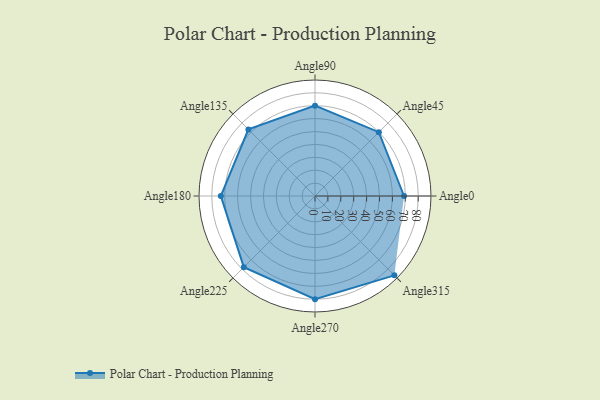
{"axis": {"x": "Angle", "y": "Radius"}, "legend": [""], "data": [{"x": "Angle0", "y": 69.0, "type": ""}, {"x": "Angle45", "y": 70.0, "type": ""}, {"x": "Angle90", "y": 70.0, "type": ""}, {"x": "Angle135", "y": 73.0, "type": ""}, {"x": "Angle180", "y": 73.0, "type": ""}, {"x": "Angle225", "y": 78.0, "type": ""}, {"x": "Angle270", "y": 80.0, "type": ""}, {"x": "Angle315", "y": 87.0, "type": ""}]}